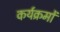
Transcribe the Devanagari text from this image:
कर्यक्रमों